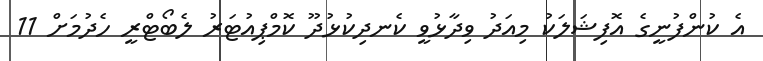
އެ ކުންފުނީގެ އޮފިޝަލަކު މިއަދު ވިދާޅުވީ ކެނދިކުޅުދޫ ކޮމްޕިއުޓަރު ލެބޯޓްރީ ހެދުމަށް 11